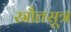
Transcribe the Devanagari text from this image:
स्रौतसूत्र